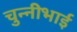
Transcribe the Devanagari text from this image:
चुन्नीभाई